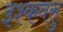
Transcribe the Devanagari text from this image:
इश्कवसु